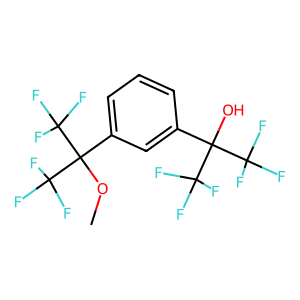
SMILES: COC(c1cccc(C(O)(C(F)(F)F)C(F)(F)F)c1)(C(F)(F)F)C(F)(F)F
Inhibits HIV replication: No